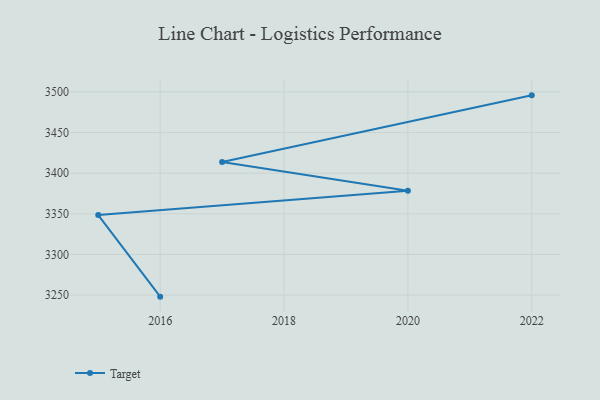
{"axis": {"x": "Year", "y": "Demand Index"}, "legend": ["Target"], "data": [{"x": "2022", "y": 3495.7, "type": "Target"}, {"x": "2017", "y": 3413.7, "type": "Target"}, {"x": "2020", "y": 3378.4, "type": "Target"}, {"x": "2015", "y": 3348.4, "type": "Target"}, {"x": "2016", "y": 3248.1, "type": "Target"}]}